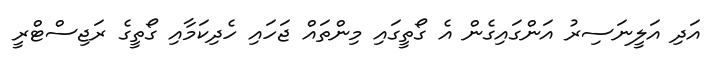
އަދި އަލީނަސިރު އަންގައިގެން އެ ގޯތީގައި މިންތައް ޖަހައި ހެދިކަމާއި ގޯތީގެ ރަޖިސްޓްރީ